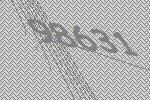
98631